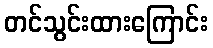
တင်သွင်းထားကြောင်း